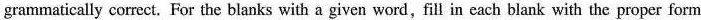
grammatically correct. For the blanks with a given word,fill in each blank with the proper form